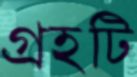
গ্রহটি